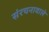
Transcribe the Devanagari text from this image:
संरचनावाले